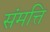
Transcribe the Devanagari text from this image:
संमत्ति